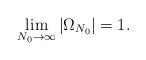
LaTeX: \begin{align*} \lim_{N_0 \rightarrow \infty} |\Omega_{N_0}| =1.\end{align*}